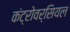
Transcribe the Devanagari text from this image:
कंट्रोवर्सियल